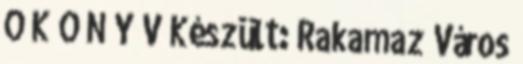
Ő K Ö N Y V Készült: Rakamaz Város